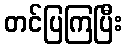
တင်ပြကြပြီး